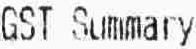
GST SUMMARY